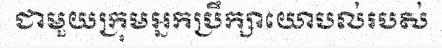
ជាមួយក្រុមអ្នកប្រឹក្សាយោបល់របស់